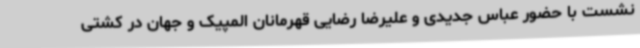
نشست با حضور عباس جدیدی و علیرضا رضایی قهرمانان المپیک و جهان در کشتی